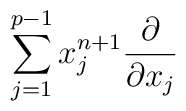
\sum_{j=1}^{p-1}x_j^{n+1}\frac{\partial}{\partial x_{j}}